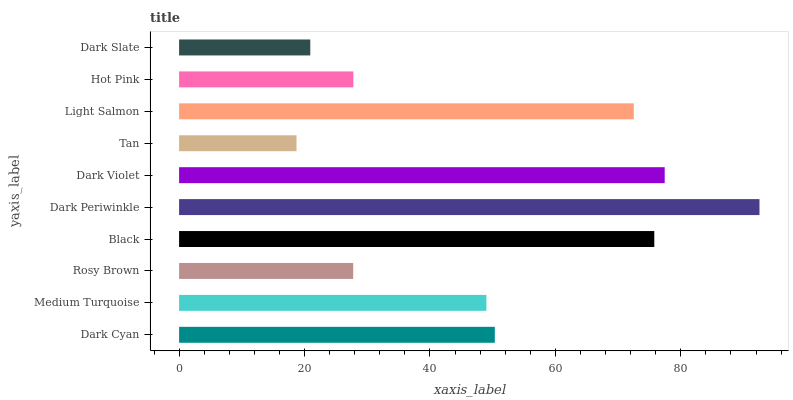
| yaxis_label | bars |
 | --- | --- |
 | Dark Cyan | 50.3 |
 | Medium Turquoise | 49 |
 | Rosy Brown | 27.8 |
 | Black | 75.8 |
 | Dark Periwinkle | 92.5 |
 | Dark Violet | 77.4 |
 | Tan | 18.7 |
 | Light Salmon | 72.5 |
 | Hot Pink | 27.8 |
 | Dark Slate | 20.9 |